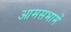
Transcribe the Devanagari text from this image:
आमसभामें